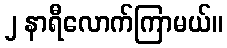
၂ နာရီလောက်ကြာမယ်။